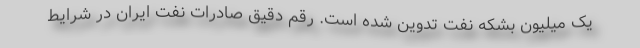
یک میلیون بشکه نفت تدوین شده است. رقم دقیق صادرات نفت ایران در شرایط